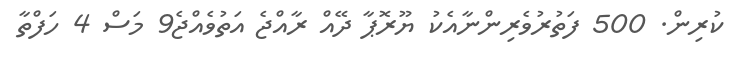
ކުރިން. 500 ފަތުރުވެރިންނާއެކު ޔޫރޮޕާ ދޭއް ރާއްޖެ އަތުވެއްޖެ9 މަސް 4 ހަފްތާ